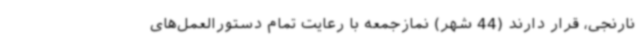
نارنجی، قرار دارند (44 شهر) نمازجمعه با رعایت تمام دستورالعمل‌های